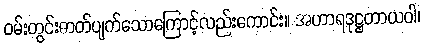
ဝမ်းတွင်းဓာတ်ပျက်သောကြောင့်လည်းကောင်း။ အဟာရဒုဋ္ဌတာယဝါ၊